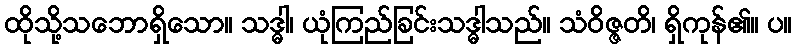
ထိုသို့သဘောရှိသော။ သဒ္ဓါ၊ ယုံကြည်ခြင်းသဒ္ဓါသည်။ သံဝိဇ္ဇတိ၊ ရှိကုန်၏။ ပ။